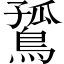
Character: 𪂲